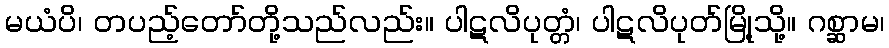
မယံပိ၊ တပည့်တော်တို့သည်လည်း။ ပါဋလိပုတ္တံ၊ ပါဋလိပုတ်မြို့သို့။ ဂစ္ဆာမ၊